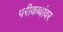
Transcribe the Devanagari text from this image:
परीकथांवर